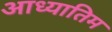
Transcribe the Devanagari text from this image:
आध्यातिम